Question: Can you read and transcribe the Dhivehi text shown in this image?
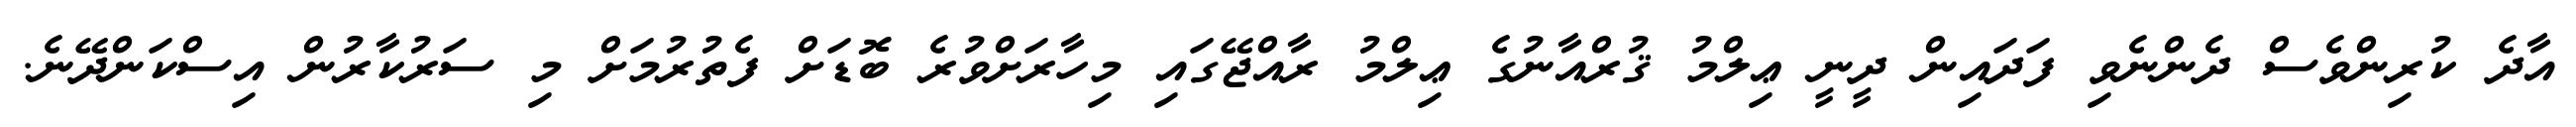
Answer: އާދެ ކުރިންވެސް ދެންނެވި ފަދައިން ދީނީ ޢިލްމު ޤުރްއާނުގެ ޢިލްމު ރާއްޖޭގައި މިހާރަށްވުރެ ބޮޑަށް ފެތުރުމަށް މި ސަރުކާރުން އިސްކަންދޭނެ.